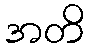
အတိ